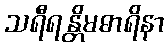
သရီရန္တိမဓာရိနာ